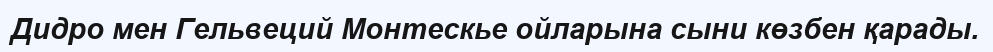
Дидро мен Гельвеций Монтескье ойларына сыни көзбен қарады.